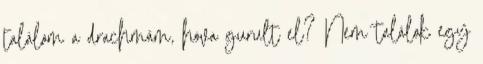
találom a drachmám, hova gurult el? Nem találok egy